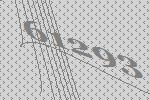
61293